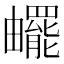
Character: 𤳸